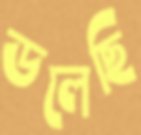
ডলেছি